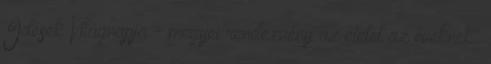
Idősek Világnapja - megyei rendezvény az életet az éveknek"